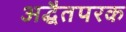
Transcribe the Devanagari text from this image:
अद्धैतपरक